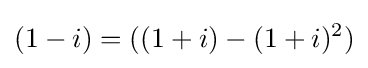
(1-i)=((1+i)-(1+i)^{2})